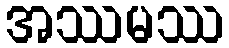
အဿမဿ